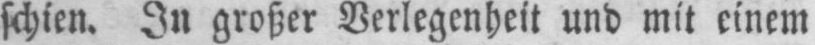
schien. In großer Verlegenheit und mit einem